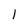
Character: 1